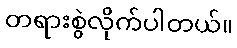
တရားစွဲလိုက်ပါတယ်။